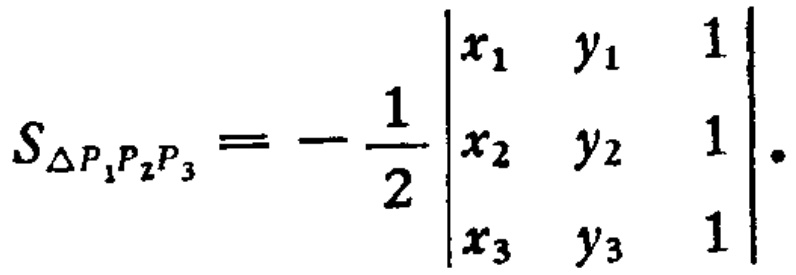
\[S_{\triangle P_{1}P_{2}P_{3}} = -\frac{1}{2}\begin{vmatrix}
x_{1} & y_{1} & 1 \\
x_{2} & y_{2} & 1 \\
x_{3} & y_{3} & 1
\end{vmatrix}.\]